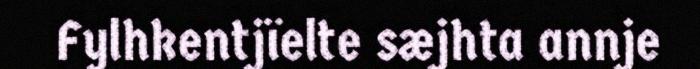
Fylhkentjïelte sæjhta annje